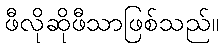
ဖီလိုဆိုဖီသာဖြစ်သည်။